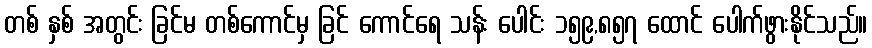
တစ် နှစ် အတွင်း ခြင်မ တစ်ကောင်မှ ခြင် ကောင်ရေ သန်း ပေါင်း ၁၅၉,၈၅၇ ထောင် ပေါက်ဖွားနိုင်သည်။